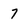
Character: 7